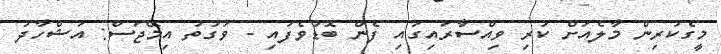
މީގެކުރިން މާލެއަށް ކުރި ވިއްސާރައިގައި ފެން ބޮޑުވެފައި - ވަގުތު އިމޭޖަސް: އަޝްހާދު